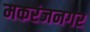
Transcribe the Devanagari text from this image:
मकरंजनगर